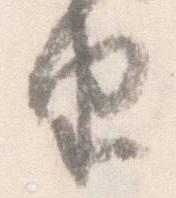
由